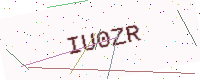
Text: IU0ZR